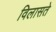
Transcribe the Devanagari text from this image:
विलासते